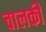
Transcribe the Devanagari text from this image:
चालकी